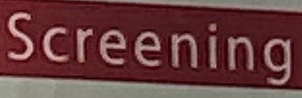
Screening